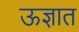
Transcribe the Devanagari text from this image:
ऊज्ञात